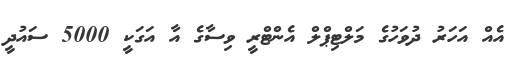
އެއް އަހަރު ދުވަހުގެ މަލްޓިޕްލް އެންޓްރީ ވިސާގެ އާ އަގަކީ 5000 ސައުދީ